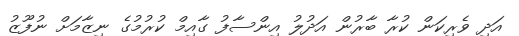
އަދި ވެރިކަން ކުރާ ބާރުން އަދުލު އިންސާފު ގާއިމް ކުރުމުގެ ނިޒާމަށް ނުފޫޒު